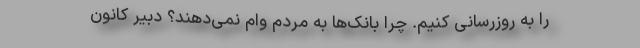
را به روزرسانی کنیم. چرا بانک‌ها به مردم وام نمی‌دهند؟ دبیر کانون